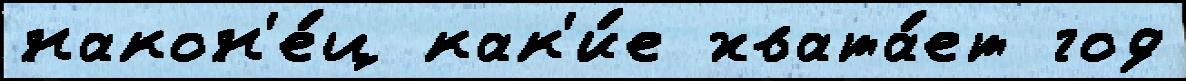
након'е́ц как'и́е хвата́ет год